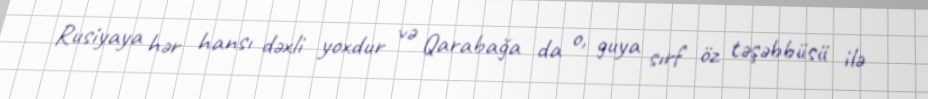
Rusiyaya hər hansı dəxli yoxdur və Qarabağa da o, guya sırf öz təşəbbüsü ilə